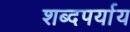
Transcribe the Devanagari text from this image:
शब्दपर्याय